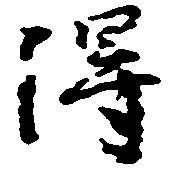
得